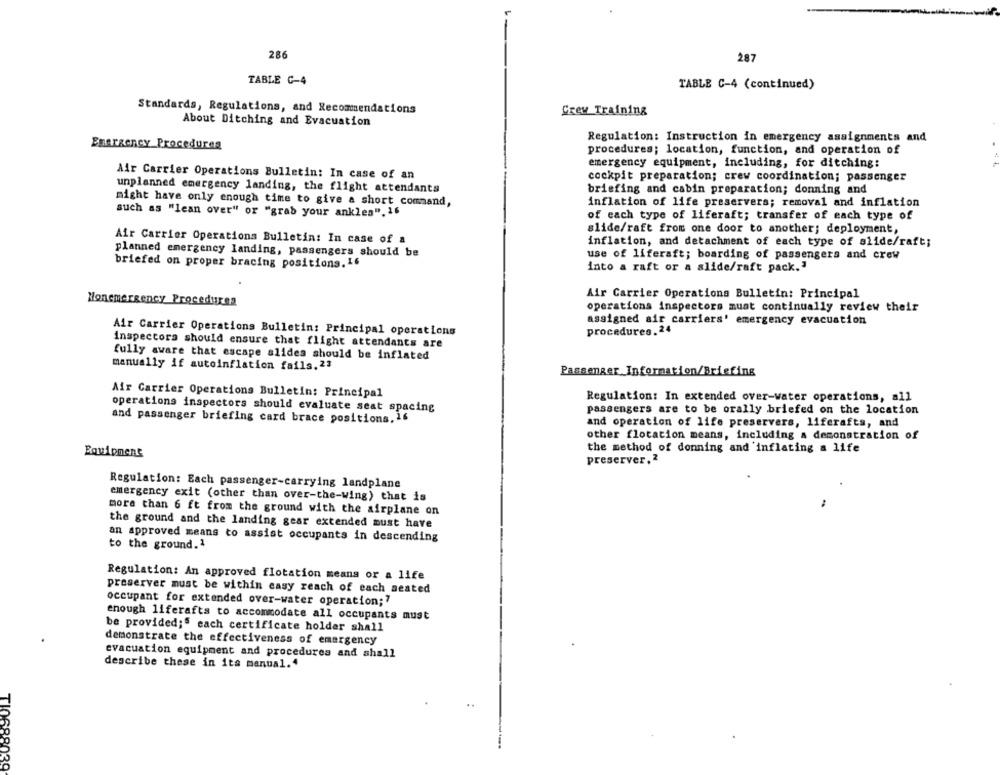
286
287
TABLE C-4
TABLE C-4 (continued)
Standards, Regulations, and Recommendations
Crew Training
About Ditching and Evacuation
Regulation: Instruction in emergency assignments and
Emergency Procedures
procedures; location, function, and operation of
emergency equipment, including, for ditching:
Air Carrier Operations Bulletin: In case of an
cockpit preparation; crew coordination; passenger
unplanned emergency landing, the flight attendants
briefing and cabin preparation; donning and
might have only enough time to give a short command,
inflation of life preservers; removal and inflation
such as "lean over" or "grab your ankles". 16
of each type of liferaft; transfer of each type of
slide/raft from one door to another; deployment,
Air Carrier Operations Bulletin: In case of a
inflation, and detachment of each type of slide/raft;
planned emergency landing, passengers should be
use of liferaft; boarding of passengers and crew
briefed on proper bracing positions. 16
into a raft or a slide/raft pack.'
Air Carrier Operations Bulletin: Principal
Nonemergency Procedures
operations inspectors must continually review their
assigned air carriers' emergency evacuation
Air Carrier Operations Bulletin: Principal operations
procedures. 24
inspectors should ensure that flight attendants are
fully aware that escape alides should be inflated
manually if autoinflation fails. 23
Passenger Information/Briefing
Air Carrier Operations Bulletin: Principal
Regulation: In extended over-water operations, all
operations inspectors should evaluate seat spacing
passengers are to be orally briefed on the location
and passenger briefing card brace positions, is
and operation of life preservers, liferafts, and
other flotation means, including a demonstration of
the method of donning and 'inflating a life
Equipment
preserver, 2
Regulation: Each passenger-carrying landplane
emergency exit (other than over-the-wing) that is
more than 6 ft from the ground with the airplane on
the ground and the landing gear extended must have
an approved means to assist occupants in descending
to the ground.1
Regulation: An approved flotation means or a life
preserver must be within easy reach of each seated
occupant for extended over-water operation;7
enough liferafts to accommodate all occupants must
be provided;" each certificate holder shall
demonstrate the effectiveness of emergency
evacuation equipment and procedures and shall
describe these in its manual.4
TI0688039